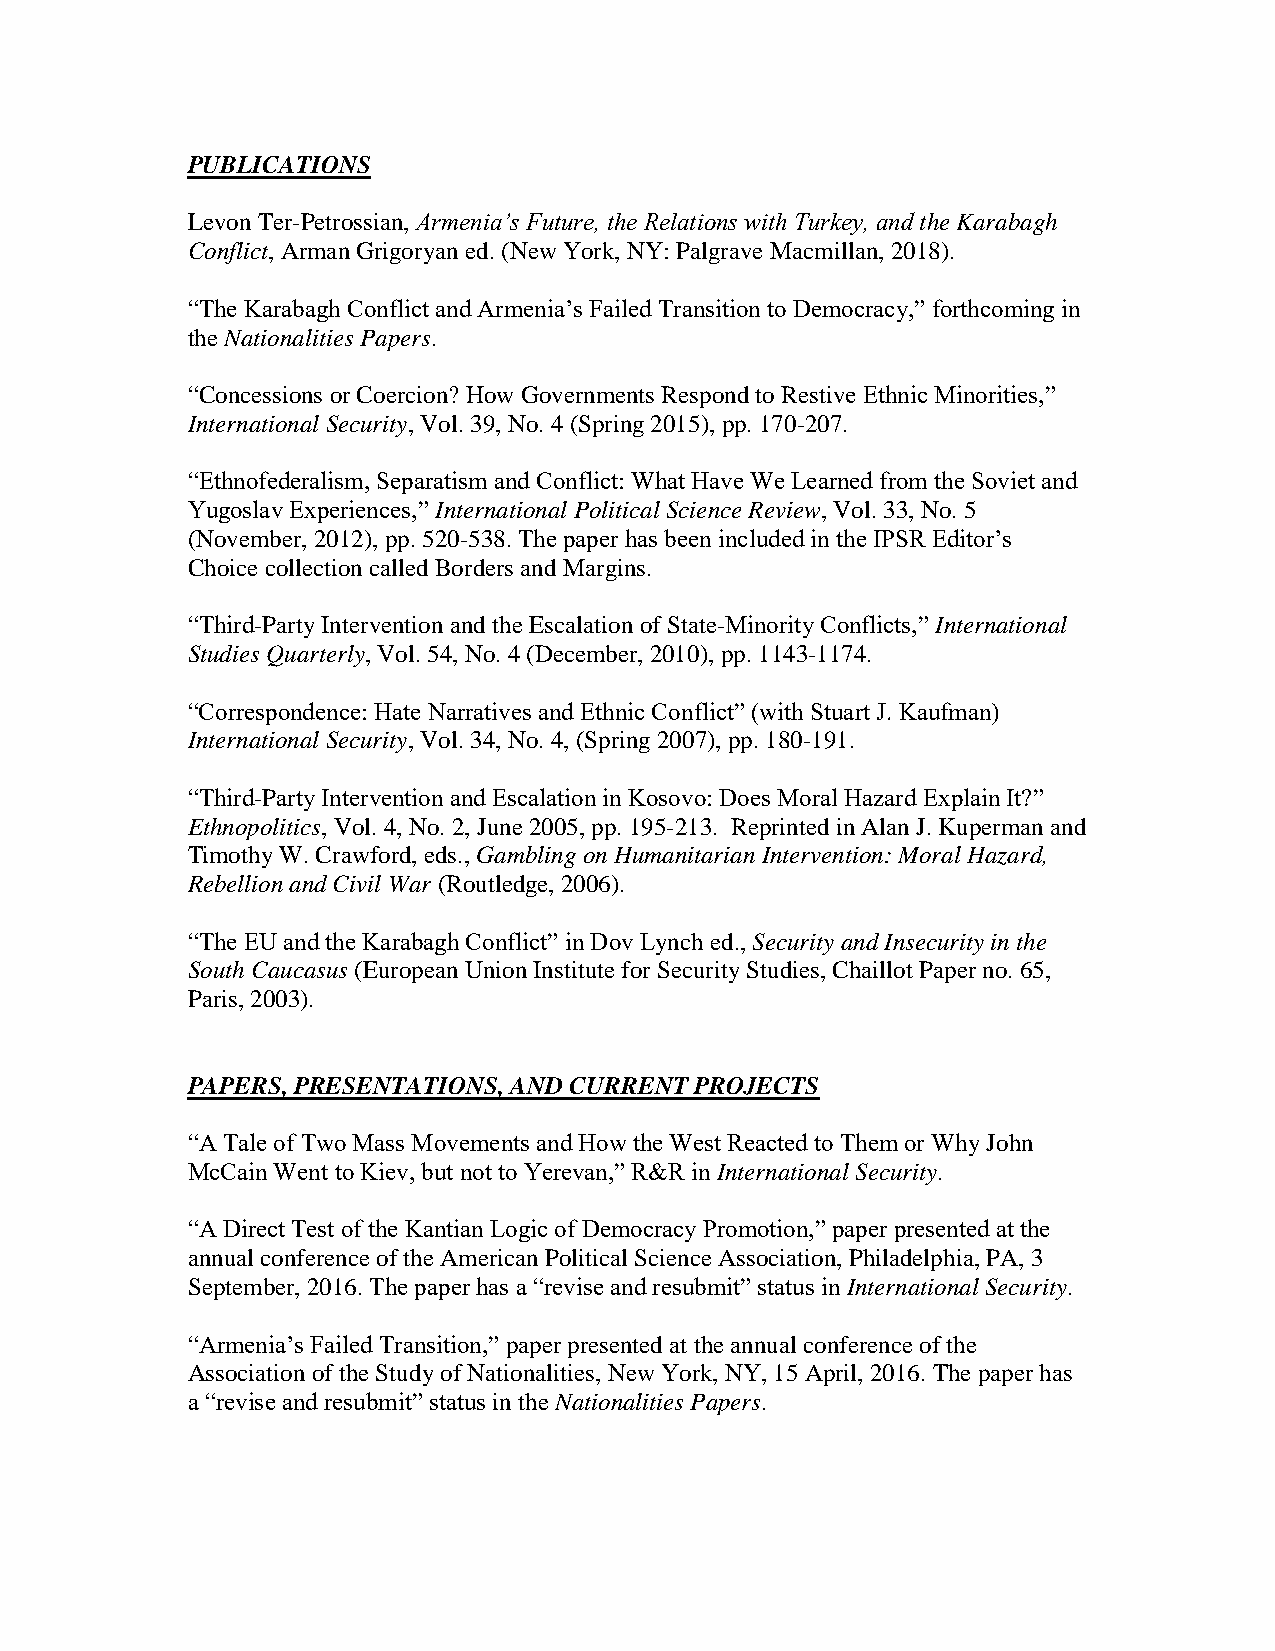
PUBLICATIONS
 Levon Ter-Petrossian, Armenia’s Future, the Relations with Turkey, and the Karabagh
 Conflict, Arman Grigoryan ed. (New York, NY: Palgrave Macmillan, 2018).
 “The Karabagh Conflict and Armenia’s Failed Transition to Democracy,” forthcoming in
 the Nationalities Papers.
 “Concessions or Coercion? How Governments Respond to Restive Ethnic Minorities,”
 International Security, Vol. 39, No. 4 (Spring 2015), pp. 170-207.
 “Ethnofederalism, Separatism and Conflict: What Have We Learned from the Soviet and
 Yugoslav Experiences,” International Political Science Review, Vol. 33, No. 5
 (November, 2012), pp. 520-538. The paper has been included in the IPSR Editor’s
 Choice collection called Borders and Margins.
 “Third-Party Intervention and the Escalation of State-Minority Conflicts,” International
 Studies Quarterly, Vol. 54, No. 4 (December, 2010), pp. 1143-1174.
 “Correspondence: Hate Narratives and Ethnic Conflict” (with Stuart J. Kaufman)
 International Security, Vol. 34, No. 4, (Spring 2007), pp. 180-191.
 “Third-Party Intervention and Escalation in Kosovo: Does Moral Hazard Explain It?”
 Ethnopolitics, Vol. 4, No. 2, June 2005, pp. 195-213. Reprinted in Alan J. Kuperman and
 Timothy W. Crawford, eds., Gambling on Humanitarian Intervention: Moral Hazard,
 Rebellion and Civil War (Routledge, 2006).
 “The EU and the Karabagh Conflict” in Dov Lynch ed., Security and Insecurity in the
 South Caucasus (European Union Institute for Security Studies, Chaillot Paper no. 65,
 Paris, 2003).
 PAPERS, PRESENTATIONS, AND CURRENT PROJECTS
 “A Tale of Two Mass Movements and How the West Reacted to Them or Why John
 McCain Went to Kiev, but not to Yerevan,” R&R in International Security.
 “A Direct Test of the Kantian Logic of Democracy Promotion,” paper presented at the
 annual conference of the American Political Science Association, Philadelphia, PA, 3
 September, 2016. The paper has a “revise and resubmit” status in International Security.
 “Armenia’s Failed Transition,” paper presented at the annual conference of the
 Association of the Study of Nationalities, New York, NY, 15 April, 2016. The paper has
 a “revise and resubmit” status in the Nationalities Papers.